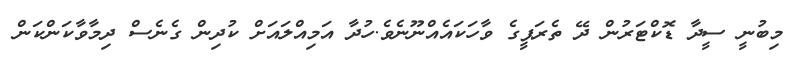
މިބުނީ ސީދާ ޑޮކްޓަރުން ދޭ ތެރަޕީގެ ވާހަކައެއްނޫނެވެ.ހުދާ އަމިއްލައަށް ކުދިން ގެނެސް ދިމާވާކަންކަން